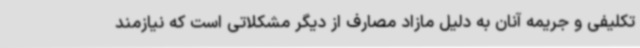
تکلیفی و جریمه آنان به دلیل مازاد مصارف از دیگر مشکلاتی است که نیازمند